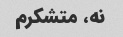
نه، متشکرم